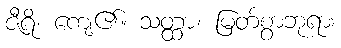
ဇီရိ၊ ကျေ၏။ သတ္ထာ၊ မြတ်စွာဘုရား